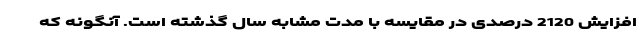
افزایش 2120 درصدی در مقایسه با مدت مشابه سال گذشته است. آنگونه که